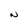
Character: N